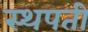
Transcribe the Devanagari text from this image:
स्थपती